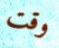
وقت